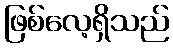
ဖြစ်လေ့ရှိသည်